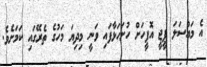
އެ މައްސަލަ ޕީޖީ އޮފީހަށް ހުށަހަޅާފައި ވަނީ މިދިޔަ މަހުގެ ތެރޭގައި ކަމަށެވެ.